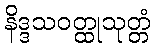
နိဒ္ဒသဝတ္ထုသုတ္တံ